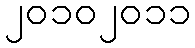
၂၀၁၀၂၀၁၁